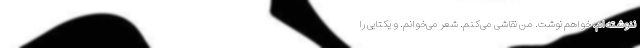
ننوشته‌ام. خواهم نوشت. من نقاشی می‌کنم. شعر می‌خوانم. و یکتایی را